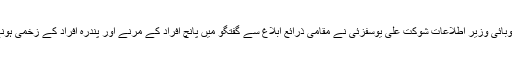
خیبر پختونخوا کے صوبائی وزیر اطلاعات شوکت علی یوسفزئی نے مقامی ذرائع ابلاغ سے گفتگو میں پانچ افراد کے مرنے اور پندرہ افراد کے زخمی ہونے کی تصدیق کی ہے۔